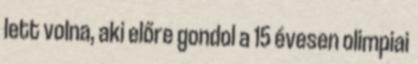
lett volna, aki előre gondol a 15 évesen olimpiai